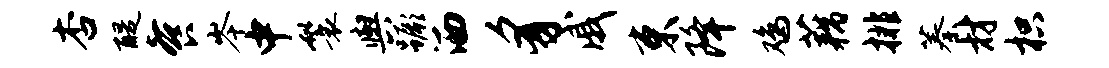
杏醍餐岑中鬟舆蹶洒豸戚束降鸡藕排蓁材枳